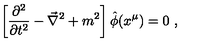
\left[ \frac { \partial ^ { 2 } } { \partial t ^ { 2 } } - \vec { \nabla } ^ { 2 } + m ^ { 2 } \right] \hat { \phi } ( x ^ { \mu } ) = 0 \ ,